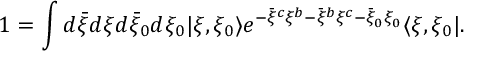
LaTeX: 1 = \int d { \bar { \xi } } d \xi d { \bar { \xi } } _ { 0 } d \xi _ { 0 } | \xi , \xi _ { 0 } \rangle e ^ { - { \bar { \xi } } ^ { c } \xi ^ { b } - { \bar { \xi } } ^ { b } \xi ^ { c } - { \bar { \xi } } _ { 0 } \xi _ { 0 } } \langle \xi , \xi _ { 0 } | .